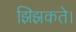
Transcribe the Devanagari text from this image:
झिझकते।